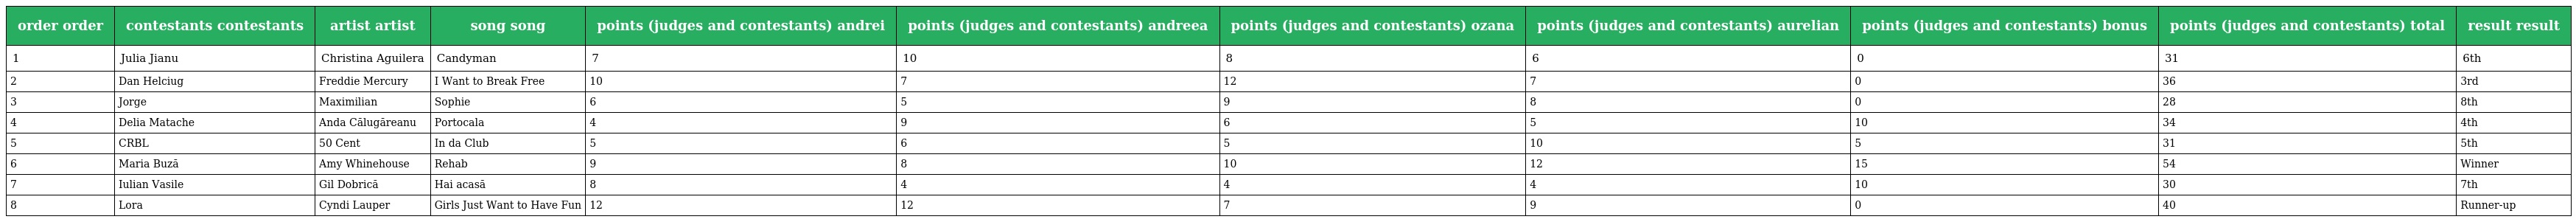
| order order | contestants contestants | artist artist | song song | points (judges and contestants) andrei | points (judges and contestants) andreea | points (judges and contestants) ozana | points (judges and contestants) aurelian | points (judges and contestants) bonus | points (judges and contestants) total | result result |
 | --- | --- | --- | --- | --- | --- | --- | --- | --- | --- | --- |
 | 1 | Julia Jianu | Christina Aguilera | Candyman | 7 | 10 | 8 | 6 | 0 | 31 | 6th |
 | 2 | Dan Helciug | Freddie Mercury | I Want to Break Free | 10 | 7 | 12 | 7 | 0 | 36 | 3rd |
 | 3 | Jorge | Maximilian | Sophie | 6 | 5 | 9 | 8 | 0 | 28 | 8th |
 | 4 | Delia Matache | Anda Călugăreanu | Portocala | 4 | 9 | 6 | 5 | 10 | 34 | 4th |
 | 5 | CRBL | 50 Cent | In da Club | 5 | 6 | 5 | 10 | 5 | 31 | 5th |
 | 6 | Maria Buză | Amy Whinehouse | Rehab | 9 | 8 | 10 | 12 | 15 | 54 | Winner |
 | 7 | Iulian Vasile | Gil Dobrică | Hai acasă | 8 | 4 | 4 | 4 | 10 | 30 | 7th |
 | 8 | Lora | Cyndi Lauper | Girls Just Want to Have Fun | 12 | 12 | 7 | 9 | 0 | 40 | Runner-up |